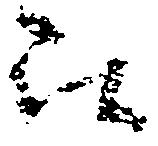
被